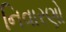
નિવારણો